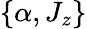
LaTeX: \{ \alpha,J_{z}\}